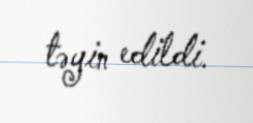
təyin edildi.